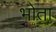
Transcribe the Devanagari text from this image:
भोता